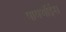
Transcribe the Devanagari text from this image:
पायथॉईस